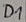
Text: D1